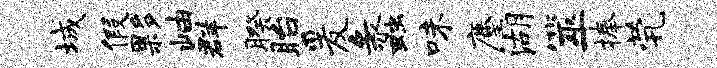
城假夥岫群暌眙爰蠡味麈湖筮捧茕